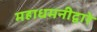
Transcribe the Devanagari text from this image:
महाधमनीद्वारे